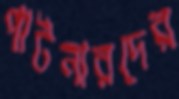
পার্টনারদের